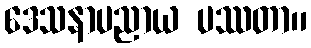
ဒေသနာပညာယ ပဿတာ။